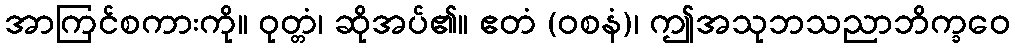
အာကြင်စကားကို။ ဝုတ္တံ၊ ဆိုအပ်၏။ ဧတံ (ဝစနံ)၊ ဤအသုဘသညာဘိက္ခဝေ